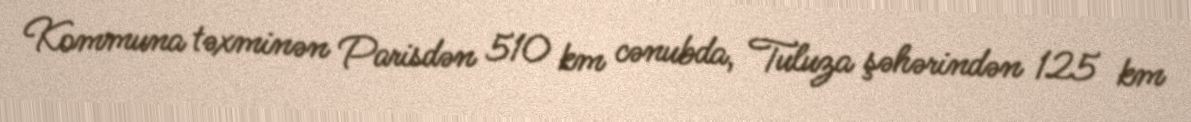
Kommuna təxminən Parisdən 510 km cənubda, Tuluza şəhərindən 125 km